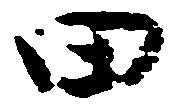
田